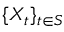
\{ X _ { t } \} _ { t \in S }